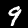
Label: 9